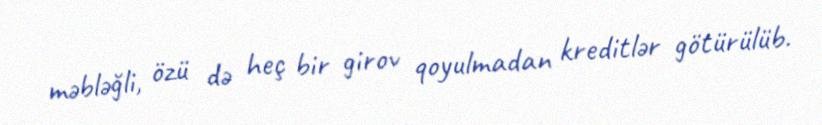
məbləğli, özü də heç bir girov qoyulmadan kreditlər götürülüb.